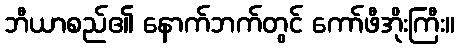
ဘီယာစည်၏ နောက်ဘက်တွင် ကော်ဖီအိုးကြီး။